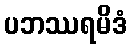
ပဘဿရမိဒံ